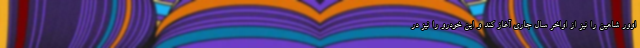
اوور شاهین را نیز از اواخر سال جاری آغاز کند و این خودرو را نیز در